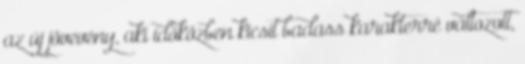
az új jövevény, aki időközben kicsit badass karakterré változott,